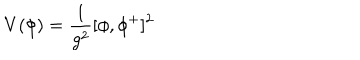
LaTeX: V ( \phi ) = { \frac { 1 } { g ^ { 2 } } } [ \phi , \phi ^ { + } ] ^ { 2 }